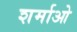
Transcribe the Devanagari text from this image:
शर्माओ